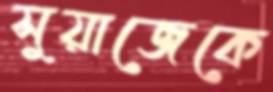
সুয়াজেকে